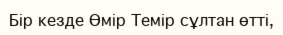
Бір кезде Өмір Темір сұлтан өтті,